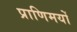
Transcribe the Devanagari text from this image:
प्राणिमयों